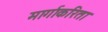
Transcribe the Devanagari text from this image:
मार्गाकरिता